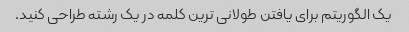
یک الگوریتم برای یافتن طولانی ترین کلمه در یک رشته طراحی کنید.